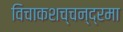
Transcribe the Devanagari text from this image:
विचाकशच्चन्द्रमा